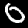
Label: 0